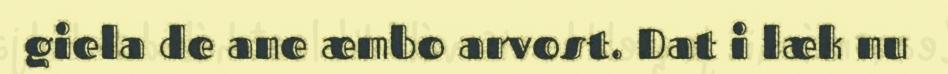
giela de ane æmbo arvost. Dat i læk nu